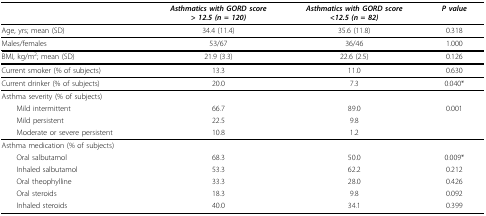
<table><thead><tr><td></td><td><b><i>Asthmatics with GORD score</i><i>&gt; 12.5 (n = 120)</i></b></td><td><b><i>Asthmatics with GORD score</i><i>&lt;12.5 (n = 82)</i></b></td><td><b><i>P value</i></b></td></tr></thead><tbody><tr><td>Age, yrs; mean (SD)</td><td>34.4 (11.4)</td><td>35.6 (11.8)</td><td>0.318</td></tr><tr><td>Males/females</td><td>53/67</td><td>36/46</td><td>1.000</td></tr><tr><td>BMI, kg/m<sup>2</sup>; mean (SD)</td><td>21.9 (3.3)</td><td>22.6 (2.5)</td><td>0.126</td></tr><tr><td>Current smoker (% of subjects)</td><td>13.3</td><td>11.0</td><td>0.630</td></tr><tr><td>Current drinker (% of subjects)</td><td>20.0</td><td>7.3</td><td>0.040*</td></tr><tr><td>Asthma severity (% of subjects)</td><td></td><td></td><td></td></tr><tr><td> Mild intermittent</td><td>66.7</td><td>89.0</td><td>0.001</td></tr><tr><td> Mild persistent</td><td>22.5</td><td>9.8</td><td></td></tr><tr><td> Moderate or severe persistent</td><td>10.8</td><td>1.2</td><td></td></tr><tr><td>Asthma medication (% of subjects)</td><td></td><td></td><td></td></tr><tr><td> Oral salbutamol</td><td>68.3</td><td>50.0</td><td>0.009*</td></tr><tr><td> Inhaled salbutamol</td><td>53.3</td><td>62.2</td><td>0.212</td></tr><tr><td> Oral theophylline</td><td>33.3</td><td>28.0</td><td>0.426</td></tr><tr><td> Oral steroids</td><td>18.3</td><td>9.8</td><td>0.092</td></tr><tr><td> Inhaled steroids</td><td>40.0</td><td>34.1</td><td>0.399</td></tr></tbody></table>